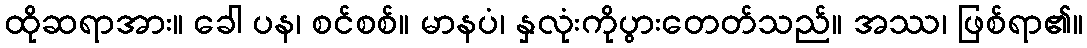
ထိုဆရာအား။ ခေါ ပန၊ စင်စစ်။ မာနပံ၊ နှလုံးကိုပွားတေတ်သည်။ အဿ၊ ဖြစ်ရာ၏။